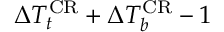
\Delta T _ { t } ^ { \mathrm { C R } } + \Delta T _ { b } ^ { \mathrm { C R } } - 1